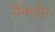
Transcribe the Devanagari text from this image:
वैकर्तन